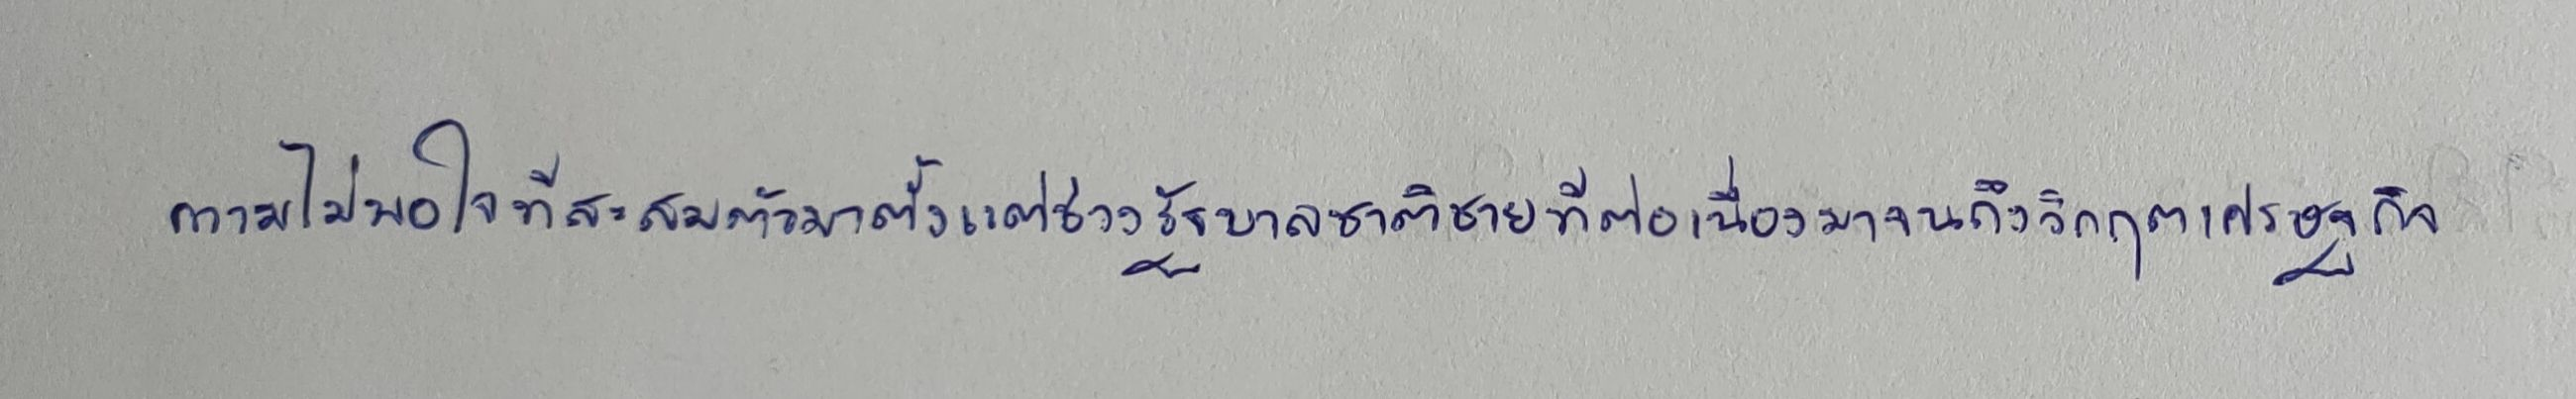
ความไม่พอใจที่สะสมตัวมาตั้งแต่ช่วงรัฐบาลชาติชายที่ต่อเนื่องมาจนถึงวิกฤตเศรษฐกิจ